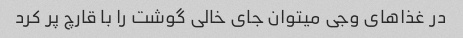
در غذاهای وجی میتوان جای خالی گوشت را با قارچ پر کرد